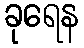
ခုရေန